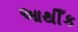
આથીઁક